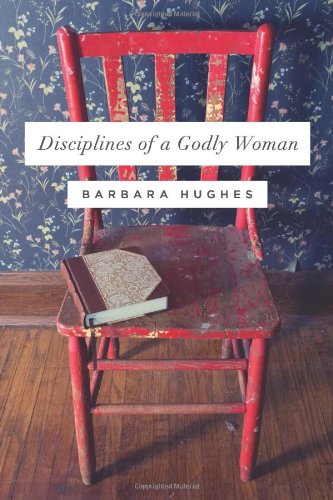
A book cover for Disciplines of a Godly Woman (Redesign); Barbara Hughes; Christian Books & Bibles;